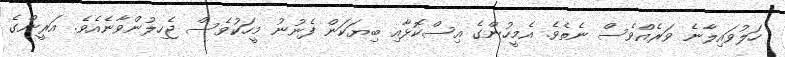
ހަލުވައިލާނެ ވަރެއްވެސް ނެތެވެ. އެމީހުންގެ އިސްކޮޅާއި ބިޔަކަން ފެނުނު މީހަކުވެސް ޖެހިލުންވާނެއެވެ. އަރީންގެ